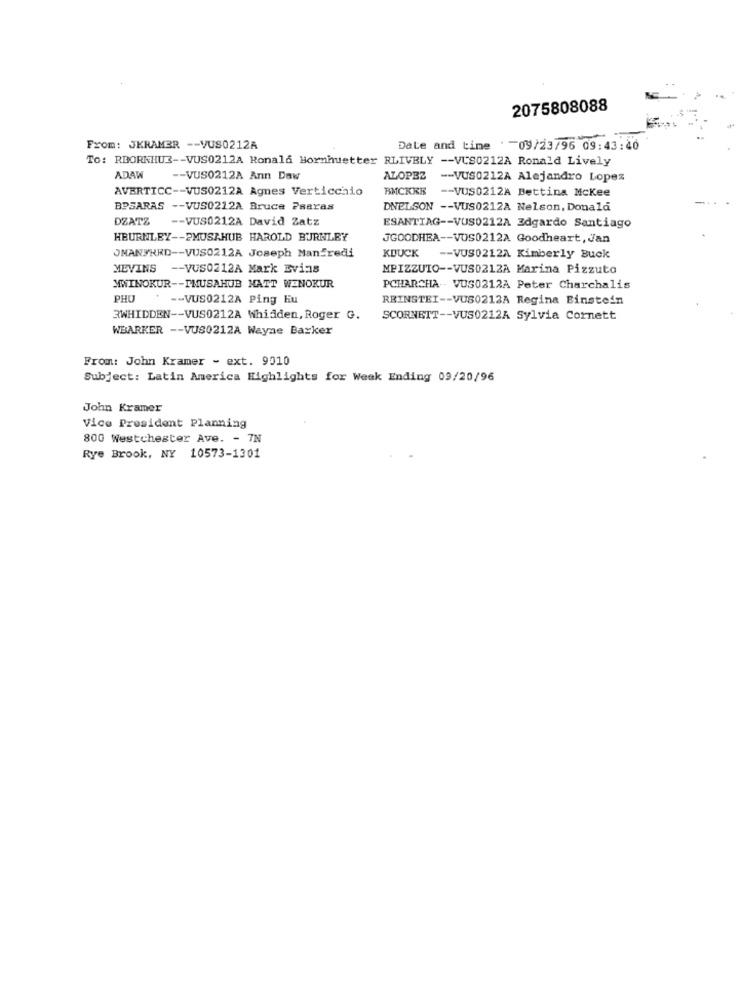
2075808088
From: JKRAMER -- VUS0212A
Date and time . 09/23/96 09:43:40
To: RBORKHU3 -- VUS0212A Ronald Bornhuetter RLIVELY -- VUS0212A Ronald Lively
ADAW
-- VUS0212A Ann Daw
ALOPEZ
-- VUS0212A Alejandro Lopez
AVERTICC -- VUS0212A Agnes Verticchio
BMCKRE
-- VUS0212A Bettina Mckee
BPSARAS -- VUS0212A Bruce Paaras
DNELSON -- VUS0212A Nelson, Donald
DZATZ
-- VUS0212A David Zatz
ESANTIAG -- VUS0212A Edgardo Santiago
HBURNLEY -- PMUSAHUB HAROLD BURNLEY
JGOODHEA -- VOS0212A Goodheart, Jan
JMANFRED -- VUS0212A Joseph Manfredi
KDUCK
-- VUS0212A Kimberly Buck
MEVINS -- VUS0212A Mark Evins
MPIZZUTO -- VUS0212A Marina Pizzuto
MWINOKUR -- IMUSAHUB HATT WENOKUR
PCHARCHA- VUS0212A Peter Charchalis
PHO
-- VUS0212A Ping Hu
REINSTEI -- VUS0213A Regina Binstein
3WHIDDEN -- VUS0212A Whidden, Roger G.
SCORNETT -- VUS0212A Sylvia Cornett
WBARKER -- VUS0212A Wayne Barker
From: John Kramer - ext. 9010
Subject: Latin America Highlights for Week Ending 09/20/96
John Kramer
Vice President Planning
800 Westchester Ave. - 7N
Rye Brook, NY 10573-1301